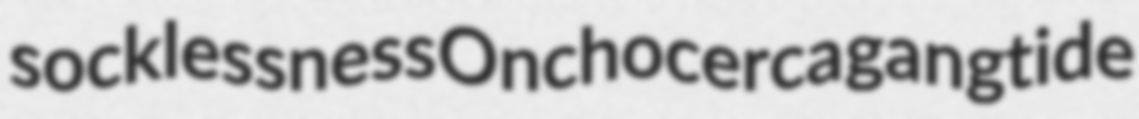
socklessness Onchocerca gangtide